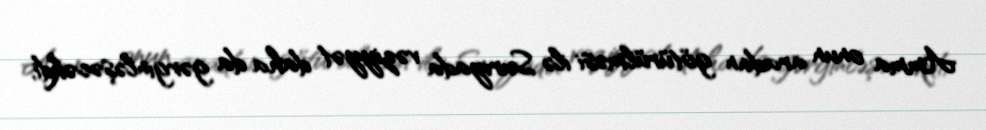
Amma onun aradan götürülməsi ilə Suriyada vəziyyət daha da gərginləşəcəkdi,